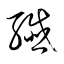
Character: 纖